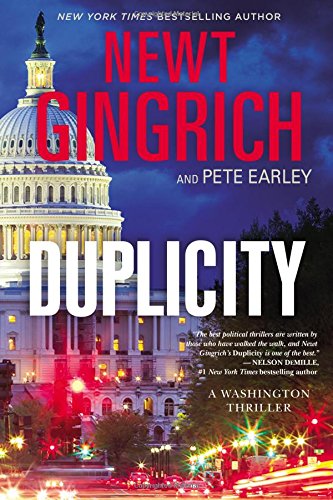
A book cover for Duplicity: A Novel; Newt Gingrich; Mystery, Thriller & Suspense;